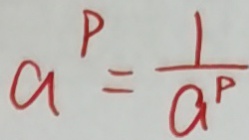
a ^ { P } = \frac { 1 } { a ^ { p } }